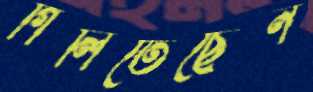
গিলিতেছেন